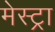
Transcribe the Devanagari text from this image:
मेस्ट्रा